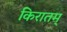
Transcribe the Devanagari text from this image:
किरातम्